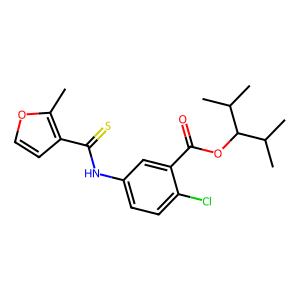
SMILES: Cc1occc1C(=S)Nc1ccc(Cl)c(C(=O)OC(C(C)C)C(C)C)c1
Inhibits HIV replication: Yes